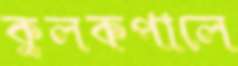
কুলকপালে